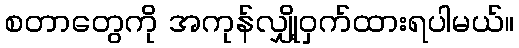
စတာတွေကို အကုန်လျှို့ဝှက်ထားရပါမယ်။